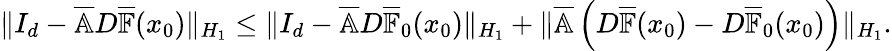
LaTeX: \begin{array}{r}{\| I_{d}-\overline{{\mathbb{A}}}D\overline{{\mathbb{F}}}(x_{0})\| _{H_{1}}\leq\| I_{d}-\overline{{\mathbb{A}}}D\overline{{\mathbb{F}}}_{0}(x_{0})\| _{H_{1}}+\| \overline{{\mathbb{A}}}\left(D\overline{{\mathbb{F}}}(x_{0})-D\overline{{\mathbb{F}}}_{0}(x_{0})\right)\| _{H_{1}}.}\end{array}